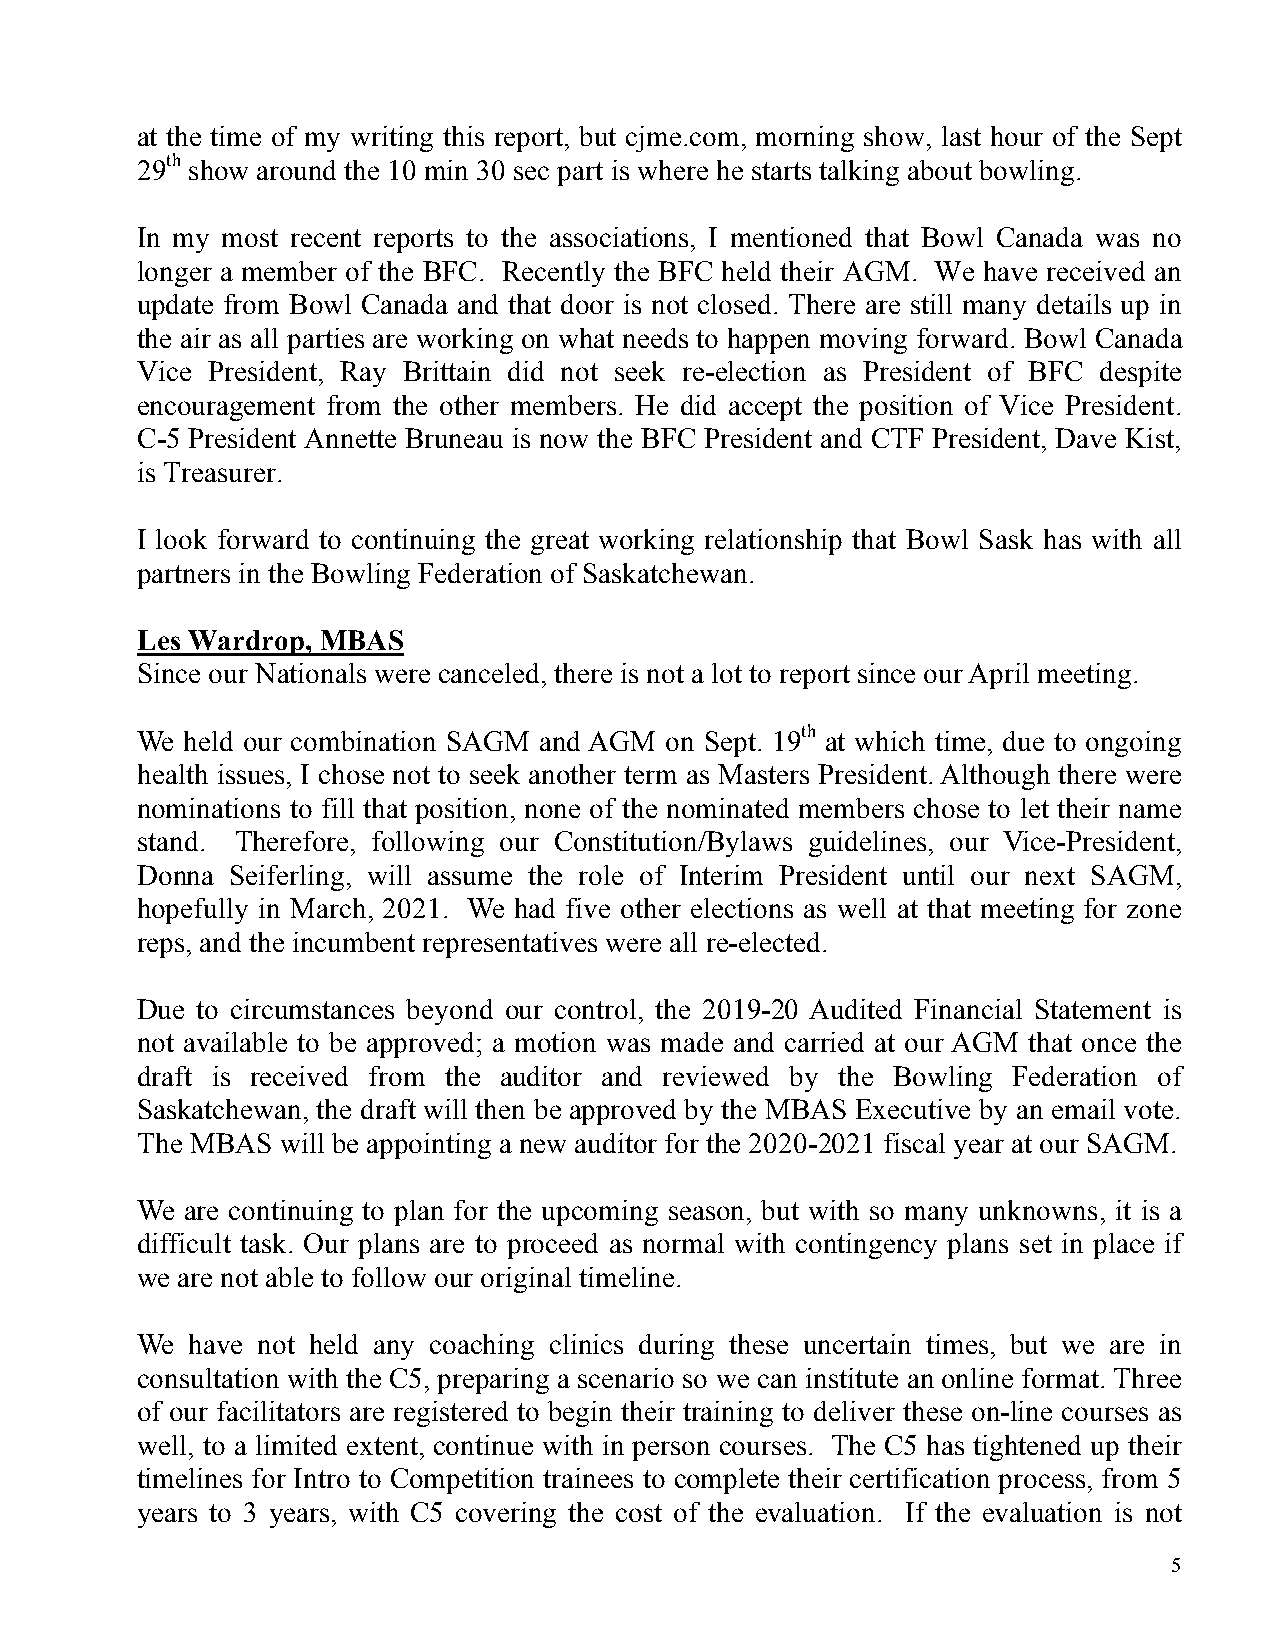
at the time of my writing this report, but cjme.com, morning show, last hour of the Sept
 29th show around the 10 min 30 sec part is where he starts talking about bowling.
 In my most recent reports to the associations, I mentioned that Bowl Canada was no
 longer a member of the BFC. Recently the BFC held their AGM. We have received an
 update from Bowl Canada and that door is not closed. There are still many details up in
 the air as all parties are working on what needs to happen moving forward. Bowl Canada
 Vice President, Ray Brittain did not seek re-election as President of BFC despite
 encouragement from the other members. He did accept the position of Vice President.
 C-5 President Annette Bruneau is now the BFC President and CTF President, Dave Kist,
 is Treasurer.
 I look forward to continuing the great working relationship that Bowl Sask has with all
 partners in the Bowling Federation of Saskatchewan.
 Les Wardrop, MBAS
 Since our Nationals were canceled, there is not a lot to report since our April meeting.
 We held our combination SAGM and AGM on Sept. 19th at which time, due to ongoing
 health issues, I chose not to seek another term as Masters President. Although there were
 nominations to fill that position, none of the nominated members chose to let their name
 stand. Therefore, following our Constitution/Bylaws guidelines, our Vice-President,
 Donna Seiferling, will assume the role of Interim President until our next SAGM,
 hopefully in March, 2021. We had five other elections as well at that meeting for zone
 reps, and the incumbent representatives were all re-elected.
 Due to circumstances beyond our control, the 2019-20 Audited Financial Statement is
 not available to be approved; a motion was made and carried at our AGM that once the
 draft is received from the auditor and reviewed by the Bowling Federation of
 Saskatchewan, the draft will then be approved by the MBAS Executive by an email vote.
 The MBAS  will be appointing a new auditor for the 2020-2021 fiscal year at our SAGM.
 We are continuing to plan for the upcoming season, but with so many unknowns, it is a
 difficult task. Our plans are to proceed as normal with contingency plans set in place if
 we are not able to follow our original timeline.
 We  have not held any coaching clinics during these uncertain times, but we are in
 consultation with the C5, preparing a scenario so we can institute an online format. Three
 of our facilitators are registered to begin their training to deliver these on-line courses as
 well, to a limited extent, continue with in person courses. The C5 has tightened up their
 timelines for Intro to Competition trainees to complete their certification process, from 5
 years to 3 years, with C5 covering the cost of the evaluation. If the evaluation is not
 5